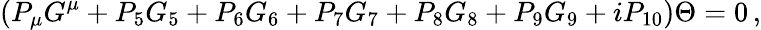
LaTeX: \left(P_{\mu}G^{\mu}+P_{5}G_{5}+P_{6}G_{6}+P_{7}G_{7}+P_{8}G_{8}+P_{9}G_{9}+iP_{10}\right)\Theta=0\, ,